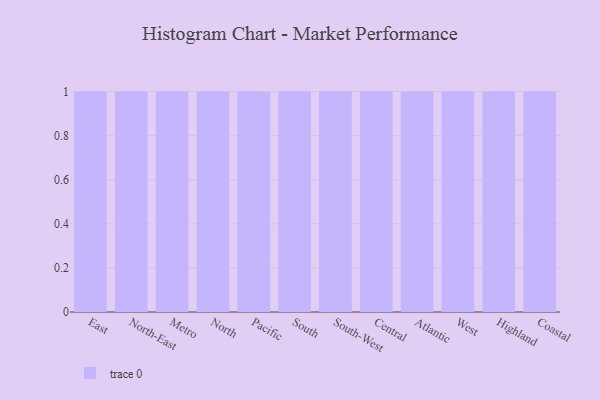
{"axis": {"x": "Region", "y": "Headcount"}, "legend": [""], "data": [{"x": "East", "y": 70, "type": ""}, {"x": "North-East", "y": 90, "type": ""}, {"x": "Metro", "y": 68, "type": ""}, {"x": "North", "y": 41, "type": ""}, {"x": "Pacific", "y": 92, "type": ""}, {"x": "South", "y": 43, "type": ""}, {"x": "South-West", "y": 18, "type": ""}, {"x": "Central", "y": 4, "type": ""}, {"x": "Atlantic", "y": 93, "type": ""}, {"x": "West", "y": 68, "type": ""}, {"x": "Highland", "y": 77, "type": ""}, {"x": "Coastal", "y": 67, "type": ""}]}